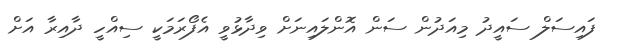
ފައިސަލް ސައީދު މިއަދުން ސަން އޮންލައިނަށް ވިދާޅުވީ އެފޯރަމަކީ ސިއްހީ ދާއިރާ އަށް